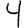
Digit: 4